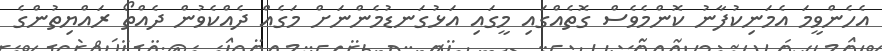
އެހެންވީމަ އެމަނިކުފާނު ކޮންމެވެސް ގޮތެއްގައި މީގައި އަޅުގަނޑުމެންނަށް މަގެއް ދެއްކެވުން ދެއްތޯ ރައްޔިތުންގެ